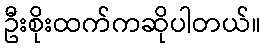
ဦးစိုးထက်ကဆိုပါတယ်။